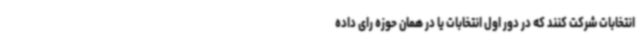
انتخابات شرکت کنند که در دور اول انتخابات یا در همان حوزه رای داده